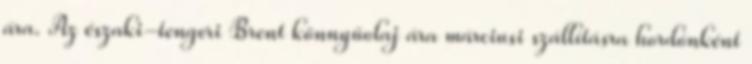
ára. Az északi-tengeri Brent könnyűolaj ára márciusi szállításra hordónként